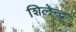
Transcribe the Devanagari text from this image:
शिलेन्द्र